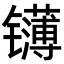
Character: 𬮁